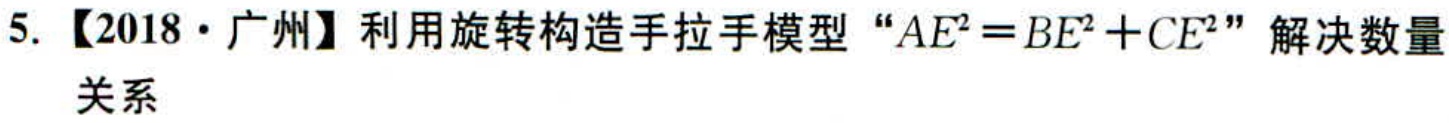
5. 【2018·广州】利用旋转构造手拉手模型 “\(AE^{2}=BE^{2}+CE^{2}\)” 解决数量关系